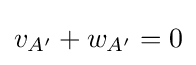
v_{A'}+w_{A'}=0